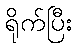
ရိုက်ပြီး